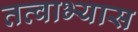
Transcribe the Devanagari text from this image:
तत्वाभ्यास